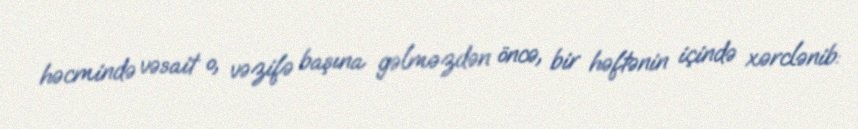
həcmində vəsait o, vəzifə başına gəlməzdən öncə, bir həftənin içində xərclənib: